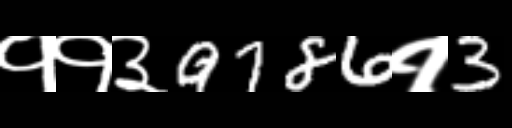
Text: ११३9786१3